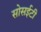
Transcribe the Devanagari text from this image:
सोसईटी